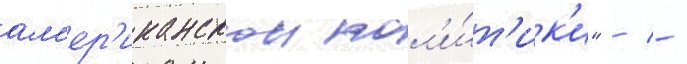
ам'ер'иканскои пол'и́т'ик'и" / -